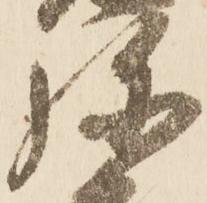
源